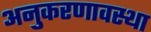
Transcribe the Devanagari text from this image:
अनुकरणावस्था